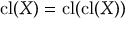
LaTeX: \operatorname { c l } ( X ) = \operatorname { c l } ( \operatorname { c l } ( X ) )